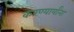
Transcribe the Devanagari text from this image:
करण्यार्यांना